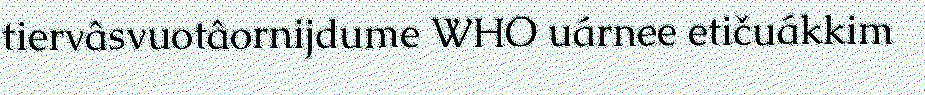
tiervâsvuotâornijdume WHO uárnee etičuákkim